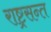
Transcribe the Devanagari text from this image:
राष्ट्रसन्त